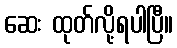
ဆေး ထုတ်လို့ရပါပြီ။